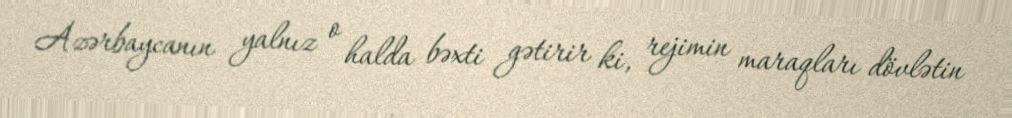
Azərbaycanın yalnız o halda bəxti gətirir ki, rejimin maraqları dövlətin